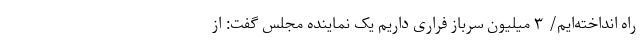
راه انداخته‌ایم/ ۳ میلیون سرباز فراری داریم یک نماینده مجلس گفت: از